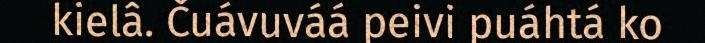
kielâ. Čuávuváá peivi puáhtá ko